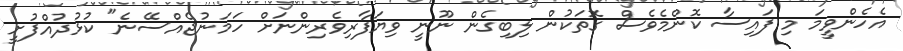
އެހެންވީމަ މި ފައިސާ ކޮންމެވެސް ގޮތަކުން ލިބިގެން ނޫނީ ވިޔަފާރިވެރިންނަށް ހަމަނުޖެއްސޭނެ" ކުޅުދުއްފުށީ